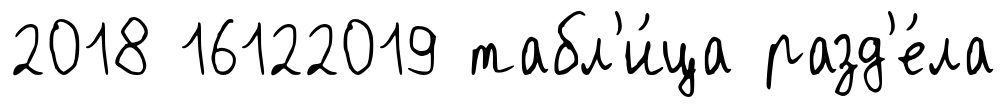
2018 16122019 табл'и́ца разд'е́ла